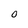
Character: 0